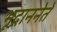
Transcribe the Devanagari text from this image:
भूदाननेते